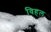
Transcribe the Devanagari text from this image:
विहल